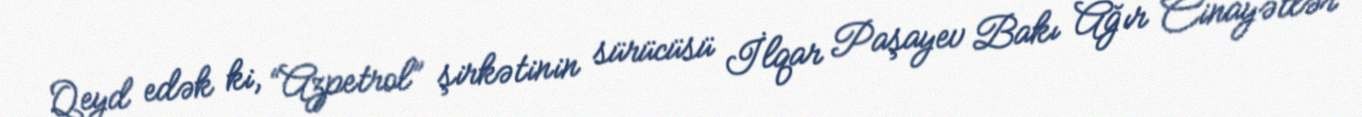
Qeyd edək ki, “Azpetrol” şirkətinin sürücüsü İlqar Paşayev Bakı Ağır Cinayətlər